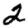
Digit: 2